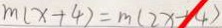
m ( x + 4 ) = m ( 2 x - 1 4 )